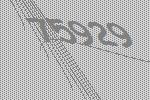
75929